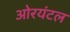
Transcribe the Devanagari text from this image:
ओरयंटल